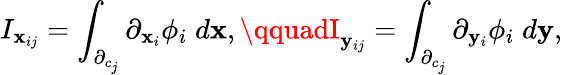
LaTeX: I_{\mathbf{x}_{ij}}=\int_{\partial_{c_{j}}}\partial_{\mathbf{x}_{i}}\phi_{i}\; d\mathbf{x},\qquadI_{\mathbf{y}_{ij}}=\int_{\partial_{c_{j}}}\partial_{\mathbf{y}_{i}}\phi_{i}\; d\mathbf{y},